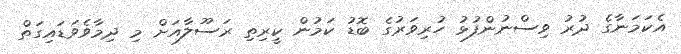
އެކަމަނާގެ ދުރު ވިސްނުންފުޅު ހުރިވަރުގެ ބޮޑު ކަމުން ކީރިތި ރަސޫލާއަށް މި ދިމާވެވަޑައިގަތް